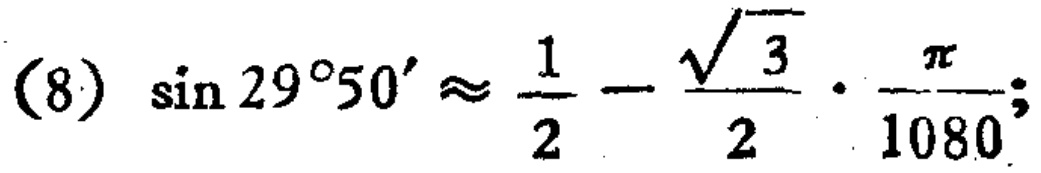
\((8)\ \sin 29^{\circ}50'\approx \frac{1}{2}-\frac{\sqrt{3}}{2}\cdot\frac{\pi}{1080}\)